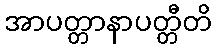
အာပတ္တာနာပတ္တီတိ